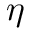
\eta